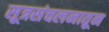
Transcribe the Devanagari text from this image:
सूत्रसंचलनातून